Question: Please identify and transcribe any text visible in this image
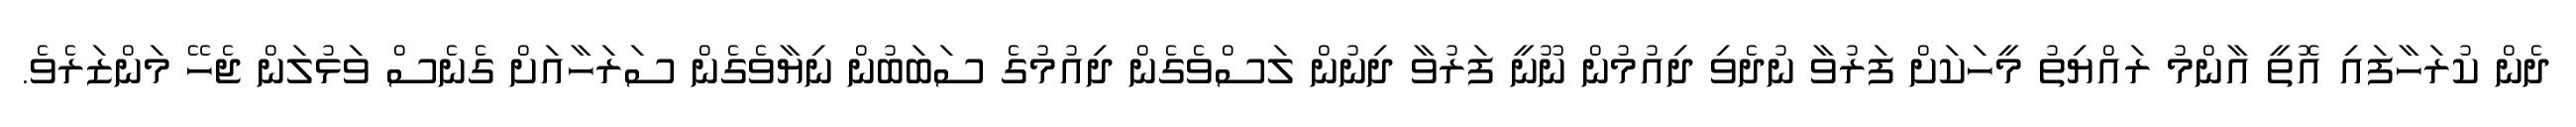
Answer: ދެން ކުރަހާފައި އޮތީ އާންމު ރައްޔިތު މީހަކަށް ފަރުވާ ނުދެވި ދިއުމުން ނޫނީ ފަރުވާ ދިނުން ލަސްވެގެން ދިއުމުގެ ސަބަބުން ނިޔާވެގެން ސަރަހާއަށް ގެނެސް ވަޅުލަން ޖެހޭ މަންޒަރެވެ.